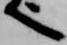
へ